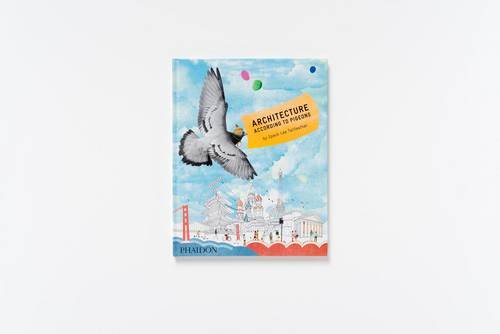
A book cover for Architecture According to Pigeons; Speck Lee Tailfeather; Children's Books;